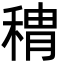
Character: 䅢